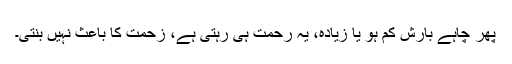
پھر چاہے بارش کم ہو یا زیادہ، یہ رحمت ہی رہتی ہے، زحمت کا باعث نہیں بنتی۔